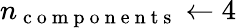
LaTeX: n_{\mathrm{~c~o~m~p~o~n~e~n~t~s~}}\leftarrow 4